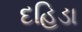
દહિડા